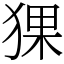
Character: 猓